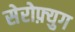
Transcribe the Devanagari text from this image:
सेरोफ़्युग